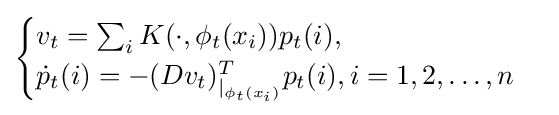
{\begin{cases}v_{t}=\textstyle \sum _{i}\displaystyle K(\cdot ,\phi _{t}(x_{i}))p_{t}(i),\ \\{\dot {p}}_{t}(i)=-(Dv_{t})_{|_{\phi _{t}(x_{i})}}^{T}p_{t}(i),i=1,2,\dots ,n\\\end{cases}}